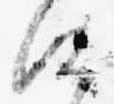
候